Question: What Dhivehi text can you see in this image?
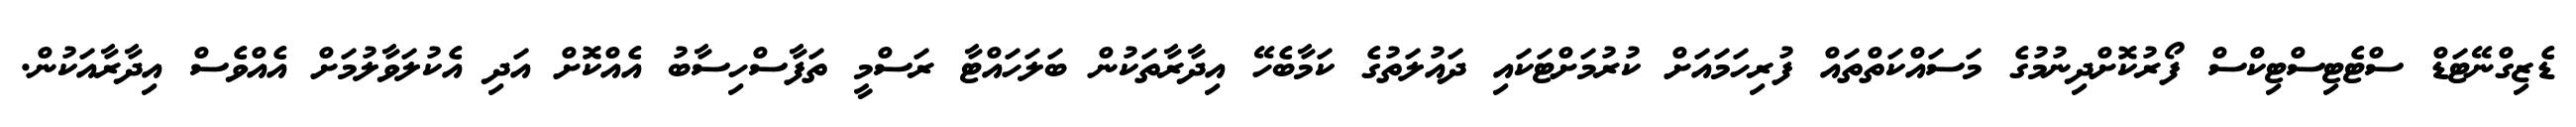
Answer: ޑެޒިގްނޭޓަޑް ސްޓެޓިސްޓިކްސް ފޯރުކޮށްދިނުމުގެ މަސައްކަތްތައް ފުރިހަމައަށް ކުރުމަށްޓަކައި ދައުލަތުގެ ކަމާބެހޭ އިދާރާތަކުން ބަލަހައްޓާ ރަސްމީ ތަފާސްހިސާބު އެއްކޮށް އަދި އެކުލަވާލުމަށް އެއްވެސް އިދާރާއަކުން.